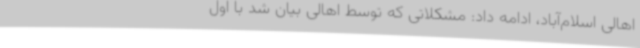
اهالی اسلام‌آباد، ادامه داد: مشکلاتی که توسط اهالی بیان شد با اول